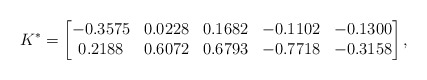
\begin{align*}K^*=\begin{bmatrix}-0.3575 & 0.0228 & 0.1682 & -0.1102 & -0.1300\\0.2188 & 0.6072 & 0.6793 & -0.7718 & -0.3158\end{bmatrix},\end{align*}